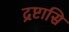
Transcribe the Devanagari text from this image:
द्रष्टासि